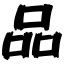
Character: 品